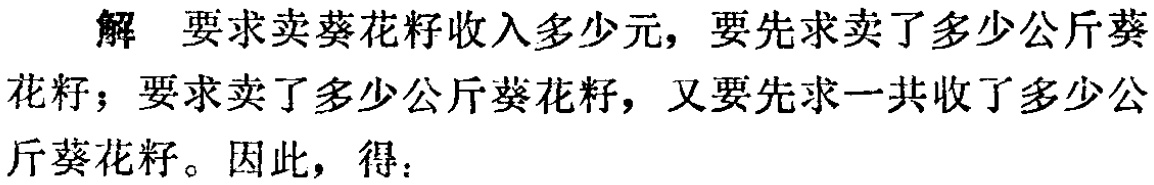
解 要求卖葵花籽收入多少元，要先求卖了多少公斤葵花籽；要求卖了多少公斤葵花籽，又要先求一共收了多少公斤葵花籽。因此，得：